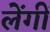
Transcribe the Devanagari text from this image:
लेंगीं